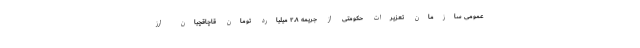
عمومی سازمان تعزیرات حکومتی از جریمه ۲.۸ میلیارد تومان قاچاقچیان ارز